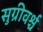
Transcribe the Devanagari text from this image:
सुग्रीवर्श्च